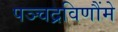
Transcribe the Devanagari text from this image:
पञ्चद्रविणौंमे